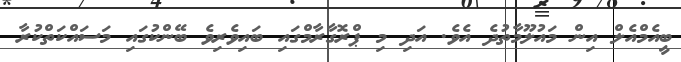
ބީއެމްއެލް އިން މައުލޫމާތުދެ އެވެ. އަދި މި ޕްރޮގާރާމްގައި ބައިވެރިވެ ބޭންކުގައި މަސައްކަތްކުރާ